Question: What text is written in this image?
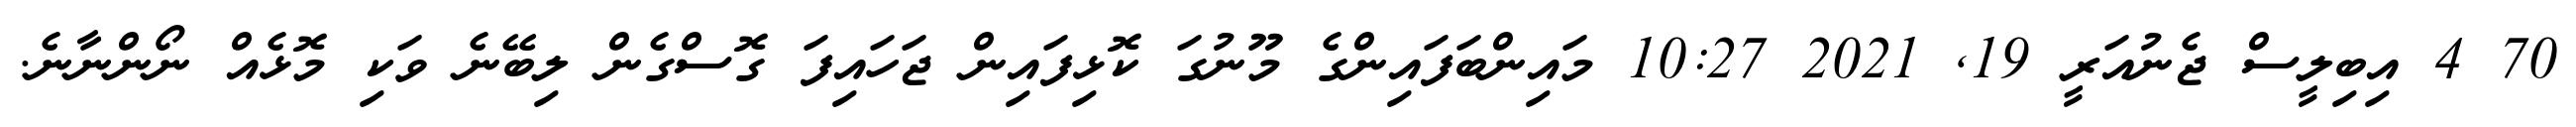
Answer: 70 4 އިބިލީސް ޖެނުއަރީ 19, 2021 10:27 މައިންބަފައިންގެ މޫނުގަ ކޮޅިފައިން ޖަހައިފަ ގޮސްގެން ލިބޭނެ ވަކި މޮޅެއް ނޯންނާނެ.